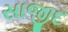
સાજીદ